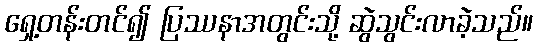
ရှေ့တန်းတင်၍ ပြဿနာအတွင်းသို့ ဆွဲသွင်းလာခဲ့သည်။